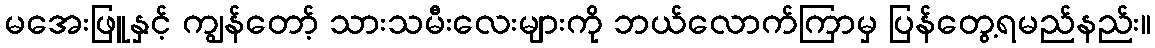
မအေးဖြူနှင့် ကျွန်တော့် သားသမီးလေးများကို ဘယ်လောက်ကြာမှ ပြန်တွေ့ရမည်နည်း။